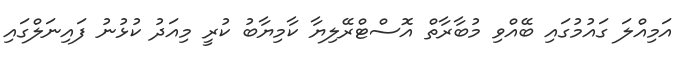
އަމިއްލަ ގައުމުގައި ބޭއްވި މުބާރާތް އޮސްޓްރޭލިޔާ ކާމިޔާބު ކުރީ މިއަދު ކުޅުނު ފައިނަލްގައި